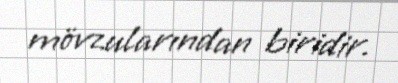
mövzularından biridir.